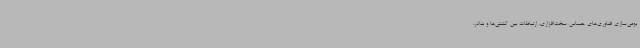
بومی‌سازی فناوری‌های حساس سخت‌افزاری، ارتباطات بین کشتی‌ها و بنادر،